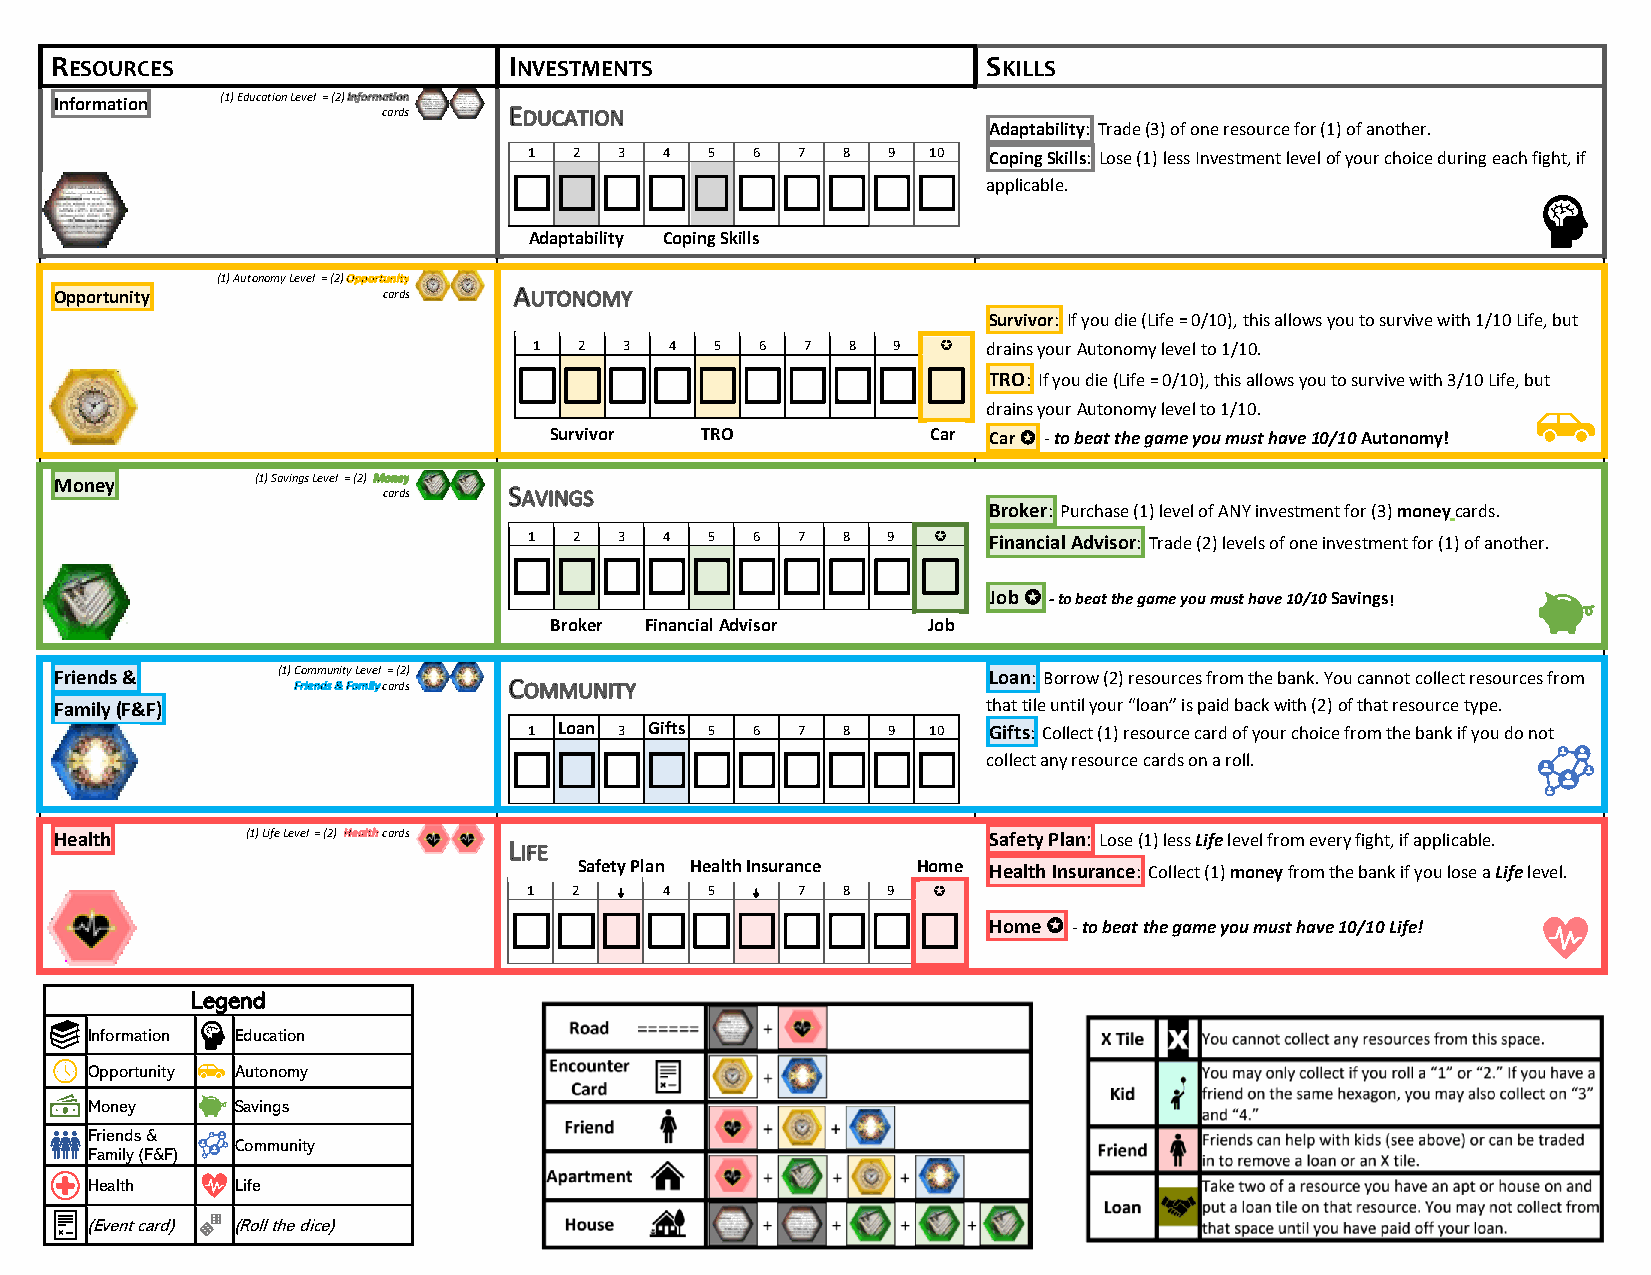
RESOURCES                      INVESTMENTS                    SKILLS
 Information (1) Education Level = (2)
 cards
 Adaptability: Trade (3) of one resource for (1) of another.
 1  2  3  4  5  6  7  8  9 10  Coping Skills: Lose (1) less Investment level of your choice during each fight, if
                       applicable.
 Adaptability Coping Skills
 (1) Autonomy Level = (2)
 Opportunity          cards
 Survivor: If you die (Life = 0/10), this allows you to survive with 1/10 Life, but
 1  2  3  4  5  6  7  8  9    drains your Autonomy level to 1/10.
                      TRO: If you die (Life = 0/10), this allows you to survive with 3/10 Life, but
 drains your Autonomy level to 1/10.
 Survivor  TRO             Car Car  - to beat the game you must have 10/10 Autonomy!
 Money        (1) Savings Level = (2)
 cards
 Broker: Purchase (1) level of ANY investment for (3) money cards.
 1  2  3  4  5  6  7  8  9    Financial Advisor: Trade (2) levels of one investment for (1) of another.
 
 Job  - to beat the game you must have 10/10 Savings!
 Broker Financial Advisor Job.
 Friends &     (1) Community Level
 c
 =
 a
 r( d2 s)                               Loan: Borrow (2) resources from the bank. You cannot collect resources from
 Family (F&F)                                                 that tile until your “loan” is paid back with (2) of that resource type.
 1 Loan 3 Gifts 5 6 7 8  9 10  Gifts: Collect (1) resource card of your choice from the bank if you do not
                      collect any resource cards on a roll.
 Health      (1) Life Level = (2) cards                       Safety Plan: Lose (1) less Life level from every fight, if applicable.
 Safety Plan Health Insurance Home Health Insurance: Collect (1) money from the bank if you lose a Life level.
 1  2     4  5     7  8  9  
 
 Home  - to beat the game you must have 10/10 Life!
 Legend
 Information Education
 Opportunity Autonomy
 Money     Savings
 Friends &
 Community
 Family (F&F)
 Health    Life
 (Event card) (Roll the dice)